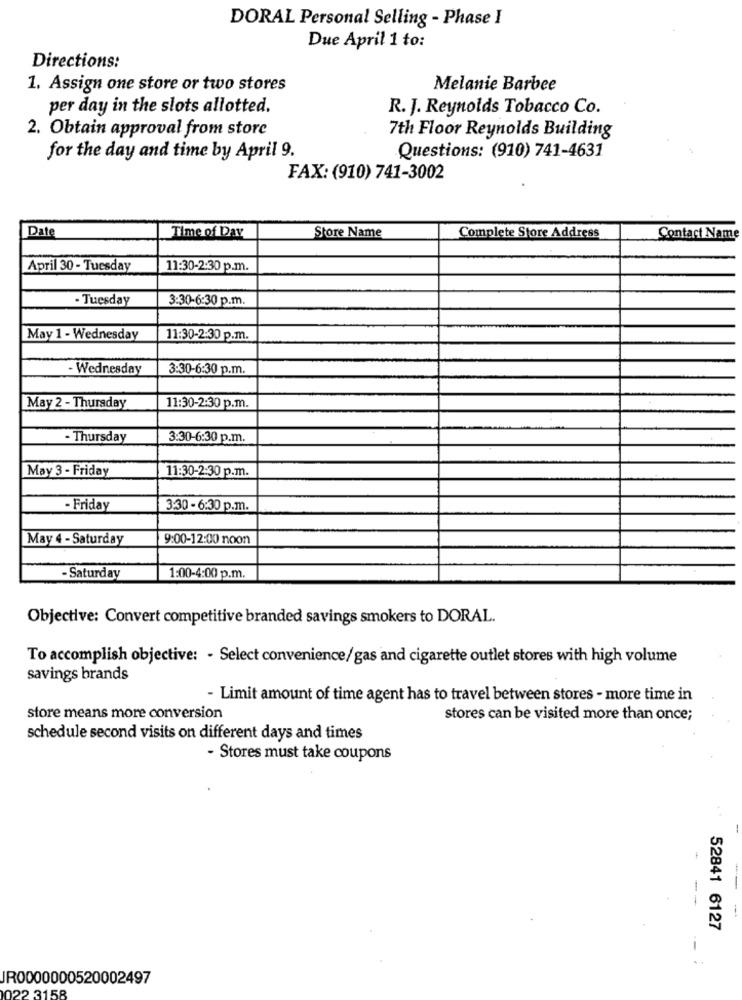
DORAL Personal Selling - Phase I
Due April 1 to:
Directions:
1. Assign one store or two stores
Melanie Barbee
per day in the slots allotted.
R. J. Reynolds Tobacco Co.
2. Obtain approval from store
7th Floor Reynolds Building
for the day and time by April 9.
Questions: (910) 741-4631
FAX: (910) 741-3002
Date
Time of Day
Store Name
Complete Store Address
Contact Name
April 30 - Tuesday
11:30-2:30 p.m.
- Tuesday
3:30-6:30 p.m.
May 1 - Wednesday
11:30-2:30 p.m.
- Wednesday
3:30-6:30 p.m.
May 2 - Thursday
11:30-2:30 p.m.
- Thursday
3:30-6:30 p.m.
May 3 - Friday
11:30-2:30 p.m.
- Friday
3:30 - 6:30 p.m.
May 4 - Saturday
9:00-12:00 noon
- Saturday
1:00-4:00 p.m.
Objective: Convert competitive branded savings smokers to DORAL.
To accomplish objective: - Select convenience/gas and cigarette outlet stores with high volume
savings brands
- Limit amount of time agent has to travel between stores - more time in
store means more conversion
stores can be visited more than once;
schedule second visits on different days and times
- Stores must take coupons
52841 6127
. .
JR0000000520002497
122 3158